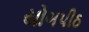
યોગપીઠ